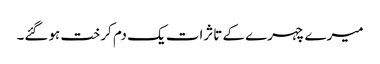
میرے چہرے کے تاثرات یک دم کرخت ہوگئے۔